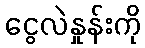
ငွေလဲနှုန်းကို